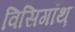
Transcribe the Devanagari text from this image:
विसिगॉथ़